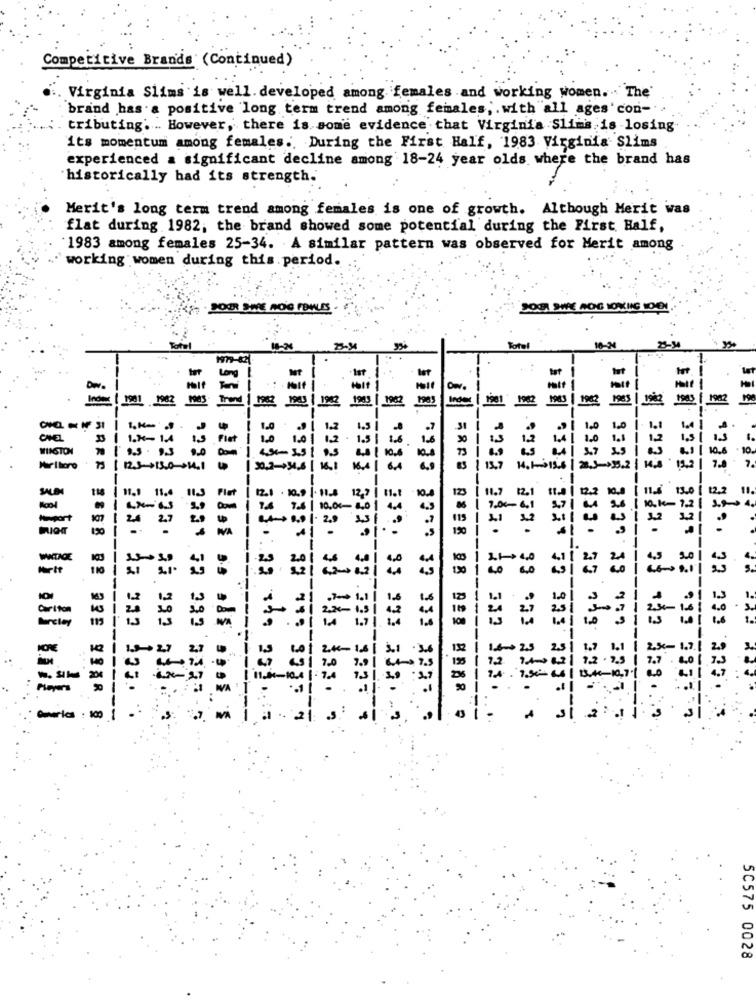
Competitive Brands (Continued)
Virginia Slims is well. developed among females and working women .. The'
brand has a positive long term trend among females, . with all ages'con-
tributing. .. However, there is some evidence that Virginia Slims is -losing
its momentum among females ., During the First Half, 1983 Virginia Slims
experienced a significant decline among 18-24 year olds where the brand has
historically had its strength.
Merit's long term trend among females is one of growth. Although Merit was
flat during 1982; the brand showed some potential during the First Half,
1983 among females 25-34. A similar pattern was observed for Merit among
working women during this period.
SOUR SHE AOG FBILES
ZOOM SIVE MONG KOKING LODI
Total
Total
10-
Long
lat
--
SIFFE SC. 66 . CCE FCE.
Thand
1983
1962
1962
1982
1985 | 1982
1903 [ 1962
CHEL
WINSTON
Plet
8.5 . 9.3
7.
Marlboro
12.5-$15.0-+14.1
30.2-+34.6
13,7
--
3992
11.7
12.
13.0
122
11.
11.4
10,00-
24 27
WIETAGE
Hartt
- -- - - - - - -----
1.3
1.
Carlton
Barclay
115
1.
2.8- 1.71
Players
102. 23 932 533
emerica : 100 1
223º 32 222 2325 - 3
.5
-------
...
9322 112. 33 479 2237 5
50575 0028